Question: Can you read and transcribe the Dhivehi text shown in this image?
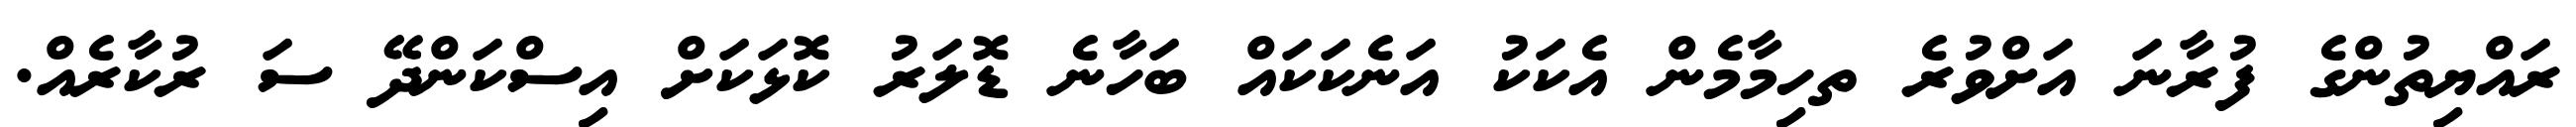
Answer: ރައްޔިތުންގެ ފުރާނަ އަށްވުރެ ތހިމާމެން އެކަކު އަނެކަކައް ބަހާނެ ޑޮލަރު ކޮޅަކަށް އިސްކަންދޭ ސަ ރުކާރެއް.